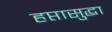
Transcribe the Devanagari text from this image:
हप्तासुद्धा